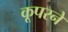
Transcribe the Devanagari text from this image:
कूपरने